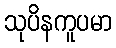
သုပိနကူပမာ